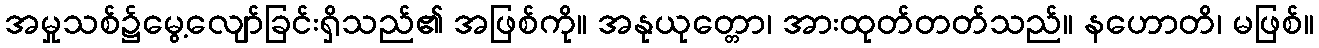
အမှုသစ်၌မွေ့လျော်ခြင်းရှိသည်၏ အဖြစ်ကို။ အနုယုတ္တော၊ အားထုတ်တတ်သည်။ နဟောတိ၊ မဖြစ်။